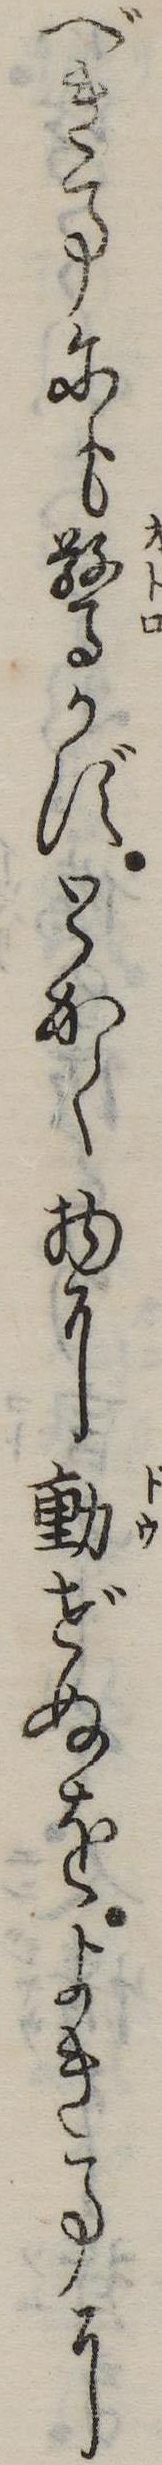
べき事にも驚かずとかく物に動ぜぬをよき事に